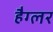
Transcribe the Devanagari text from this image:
हैग्लर